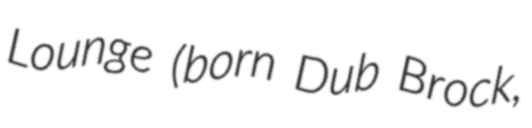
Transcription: Lounge (born Dub Brock,